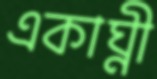
একাঘ্নী